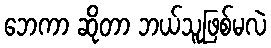
ဘေကာ ဆိုတာ ဘယ်သူဖြစ်မလဲ